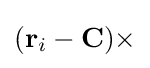
(\mathbf {r} _{i}-\mathbf {C} )\times